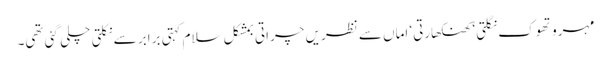
مہرو تھوک نگلتی‘ کھنکھارتی‘ اماں سے نظریں چراتی بمشکل سلام کہتی برابر سے نکلتی چلی گئی تھی۔